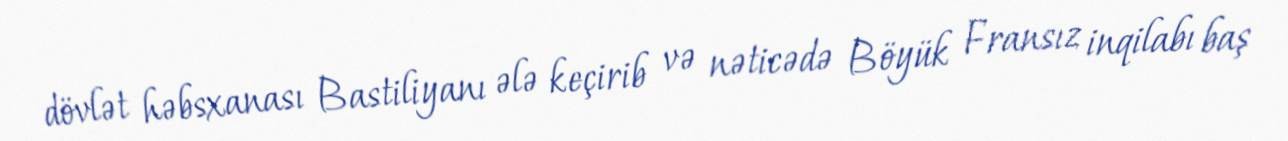
dövlət həbsxanası Bastiliyanı ələ keçirib və nəticədə Böyük Fransız inqilabı baş